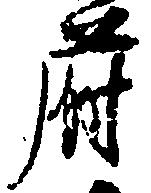
府